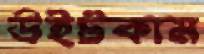
উইটকাম